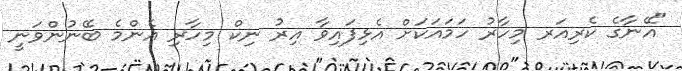
"އޭނާގެ ކެރިއަރ މިހާރު ހަމައަކަށް އެޅިފައިވާ އިރު ނިކް މިހާރި އެންމެ ބޭނުންވަނީ